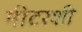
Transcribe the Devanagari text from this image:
मीटरशी